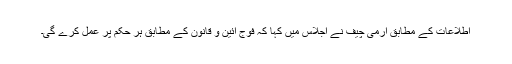
اطلاعات کے مطابق آرمی چیف نے اجلاس میں کہا کہ فوج آئین و قانون کے مطابق ہر حکم پر عمل کرے گی۔